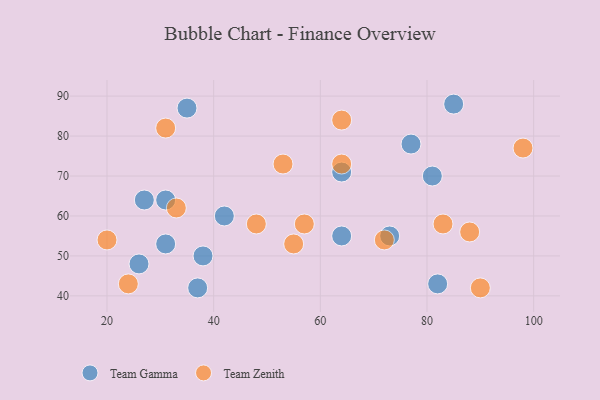
{"axis": {"x": "GDP", "y": "Life Expectancy"}, "legend": ["Team Gamma", "Team Zenith"], "data": [{"x": "31", "y": 64, "type": "Team Gamma"}, {"x": "37", "y": 42, "type": "Team Gamma"}, {"x": "27", "y": 64, "type": "Team Gamma"}, {"x": "82", "y": 43, "type": "Team Gamma"}, {"x": "64", "y": 55, "type": "Team Gamma"}, {"x": "81", "y": 70, "type": "Team Gamma"}, {"x": "85", "y": 88, "type": "Team Gamma"}, {"x": "35", "y": 87, "type": "Team Gamma"}, {"x": "64", "y": 71, "type": "Team Gamma"}, {"x": "42", "y": 60, "type": "Team Gamma"}, {"x": "73", "y": 55, "type": "Team Gamma"}, {"x": "38", "y": 50, "type": "Team Gamma"}, {"x": "77", "y": 78, "type": "Team Gamma"}, {"x": "31", "y": 53, "type": "Team Gamma"}, {"x": "26", "y": 48, "type": "Team Gamma"}, {"x": "33", "y": 62, "type": "Team Zenith"}, {"x": "64", "y": 84, "type": "Team Zenith"}, {"x": "53", "y": 73, "type": "Team Zenith"}, {"x": "83", "y": 58, "type": "Team Zenith"}, {"x": "31", "y": 82, "type": "Team Zenith"}, {"x": "24", "y": 43, "type": "Team Zenith"}, {"x": "55", "y": 53, "type": "Team Zenith"}, {"x": "48", "y": 58, "type": "Team Zenith"}, {"x": "64", "y": 73, "type": "Team Zenith"}, {"x": "57", "y": 58, "type": "Team Zenith"}, {"x": "90", "y": 42, "type": "Team Zenith"}, {"x": "20", "y": 54, "type": "Team Zenith"}, {"x": "98", "y": 77, "type": "Team Zenith"}, {"x": "72", "y": 54, "type": "Team Zenith"}, {"x": "88", "y": 56, "type": "Team Zenith"}]}